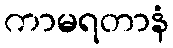
ကာမရတာနံ